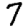
Digit: 7